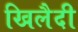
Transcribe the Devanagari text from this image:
खिलैदी